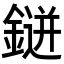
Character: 𮢭